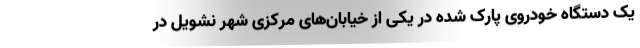
یک دستگاه خودروی پارک شده در یکی از خیابان‌های مرکزی شهر نشویل در